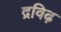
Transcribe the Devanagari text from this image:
द्रविढ़